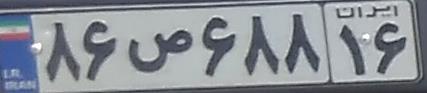
۸۶ص۶۸۸۱۶